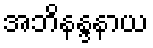
အဘိနန္ဒနာယ